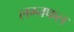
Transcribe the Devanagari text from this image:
लग्नफल